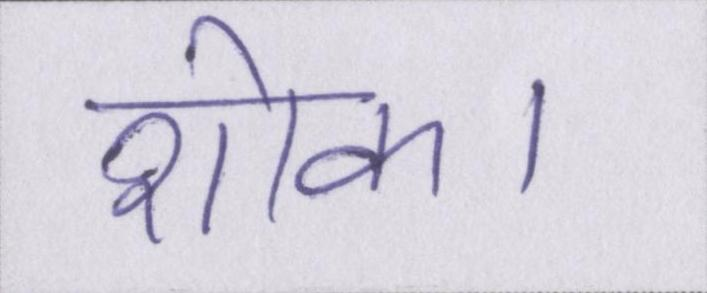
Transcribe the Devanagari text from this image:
शोक।